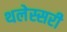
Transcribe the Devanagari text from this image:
थलेस्सरी